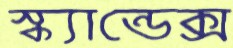
স্ক্যান্ডেক্স